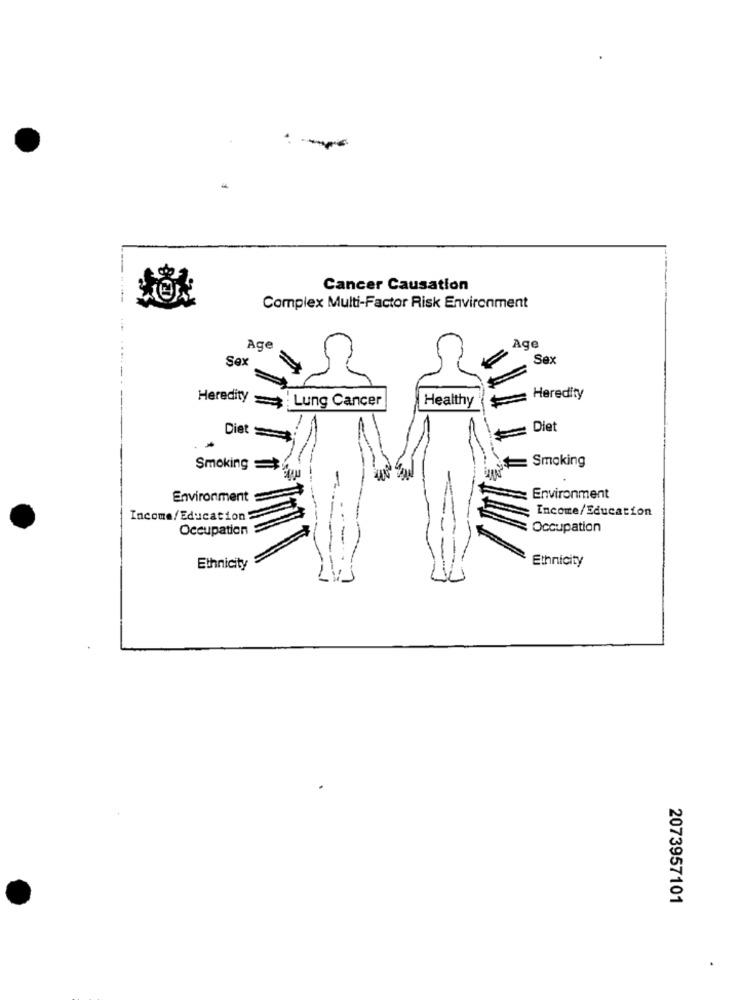
--
Cancer Causation
Complex Multi-Factor Risk Environment
AGO
Age
Sex
Sex
Heredity
=
Lung Cancer
Healthy
Heredity
Diet
Diet
= Smoking
Smoking=
Environment
Environment
Income/Education
Income/Education
Occupation
Occupation
Ethnicity
Ethnicity
2073957101